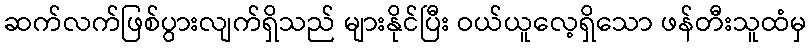
ဆက်လက်ဖြစ်ပွားလျက်ရှိသည် များနိုင်ပြီး ဝယ်ယူလေ့ရှိသော ဖန်တီးသူထံမှ